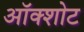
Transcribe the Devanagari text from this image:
ऑक्शोट